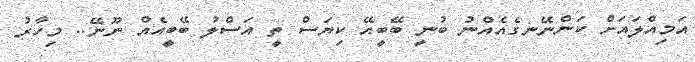
އަމިއްލައަށް ކަންނޭނގެއެއްނު ބުނީ ބޭބީއޭ ކިޔަސް ތީ އަސްލު ބޭބީއެއް ނޫނޭ.. މިހާރު